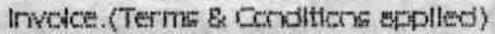
INVOICE.(TERMS & CONDITIONS APPLIED)